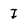
Character: I